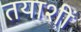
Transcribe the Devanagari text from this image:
तयाशीं